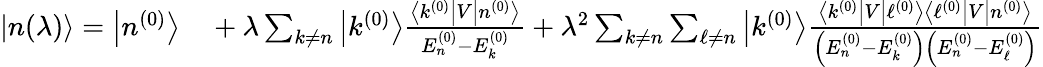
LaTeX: \begin{array}{rl}{|n(\lambda)\rangle=\left|n^{(0)}\right\rangle}&{{}+\lambda\sum_{k\neq n}\left|k^{(0)}\right\rangle{\frac{\left\langle k^{(0)}\right|V\left|n^{(0)}\right\rangle}{E_{n}^{(0)}-E_{k}^{(0)}}}+\lambda^{2}\sum_{k\neq n}\sum_{\ell\neq n}\left|k^{(0)}\right\rangle{\frac{\left\langle k^{(0)}\right|V\left|\ell^{(0)}\right\rangle\left\langle\ell^{(0)}\right|V\left|n^{(0)}\right\rangle}{\left(E_{n}^{(0)}-E_{k}^{(0)}\right)\left(E_{n}^{(0)}-E_{\ell}^{(0)}\right)}}}\end{array}